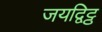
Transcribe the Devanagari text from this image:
जयद्विट्ठ